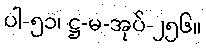
ပါ-၅၁၊ ဋ္ဌ-မ-အုပ်-၂၅၆။